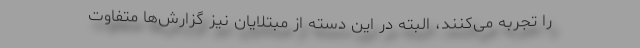
را تجربه می‌کنند، البته در این دسته از مبتلایان نیز گزارش‌ها متفاوت